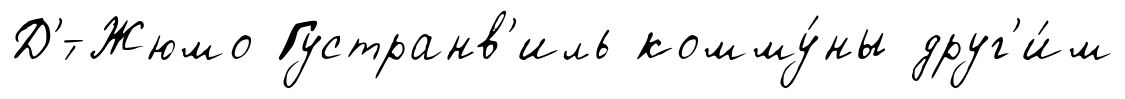
Д'́-Жюмо Густранв'иль комму́ны друг'и́м